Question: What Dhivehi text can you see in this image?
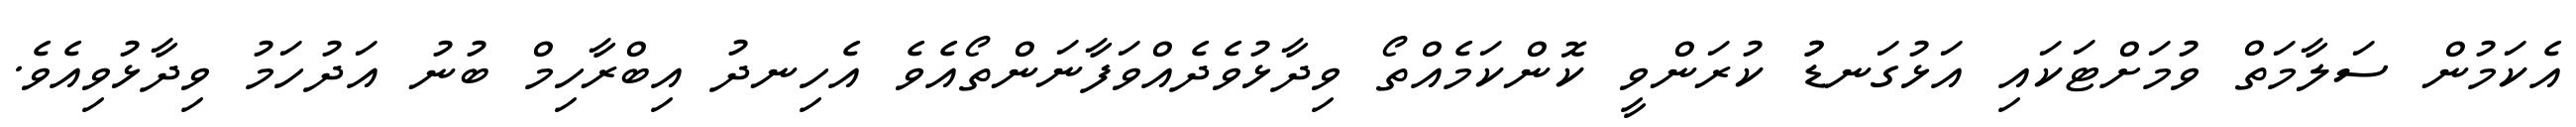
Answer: އެކަމުން ސަލާމަތް ވުމަށްޓަކައި އަޅުގަނޑުު ކުރަންވީ ކޮންކަމެއްތޯ ވިދާޅުވެދެއްވަފާނަންތޯއެވެ އެހިނދު އިބްރާހިމް ބުނު އަދުހަމު ވިދާޅުވިއެވެ.